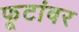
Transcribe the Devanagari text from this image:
फूटांवर